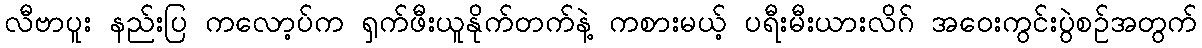
လီဗာပူး နည်းပြ ကလော့ပ်က ရှက်ဖီးယူနိုက်တက်နဲ့ ကစားမယ့် ပရီးမီးယားလိဂ် အဝေးကွင်းပွဲစဉ်အတွက်